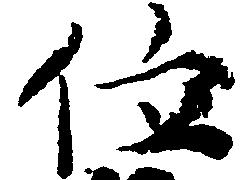
位